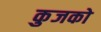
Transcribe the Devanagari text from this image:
कुजको